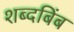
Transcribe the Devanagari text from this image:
शब्दबिंब